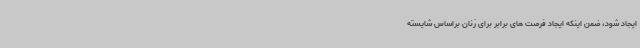
ایجاد شود، ضمن اینکه ایجاد فرصت های برابر برای زنان براساس شایسته